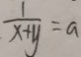
\frac { 1 } { x + y } = a